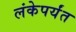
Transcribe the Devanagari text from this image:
लंकेपर्यंत